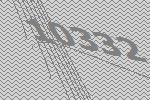
10332